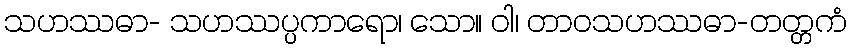
သဟဿဓာ- သဟဿပ္ပကာရော၊ သော။ ဝါ၊ တာဝသဟဿဓာ-တတ္တကံ